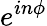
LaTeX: e^{in\phi}